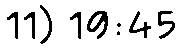
11) 19:45